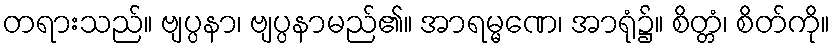
တရားသည်။ ဗျပ္ပနာ၊ ဗျပ္ပနာမည်၏။ အာရမ္မဏေ၊ အာရုံ၌။ စိတ္တံ၊ စိတ်ကို။